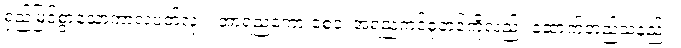
ရှည်မြင့်စွာသောကာလပတ်လုံး။ အာရညကော စေဝ၊ အရညကင်ဓုတင်ကိုလည်း ဆောက်တည်သနည်း။